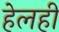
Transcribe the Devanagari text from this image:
हेलही